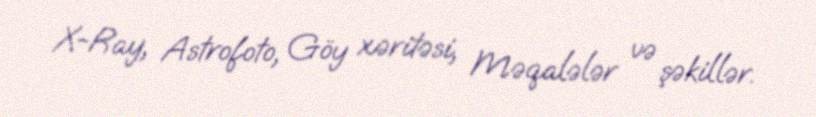
X-Ray, Astrofoto, Göy xəritəsi, Məqalələr və şəkillər.